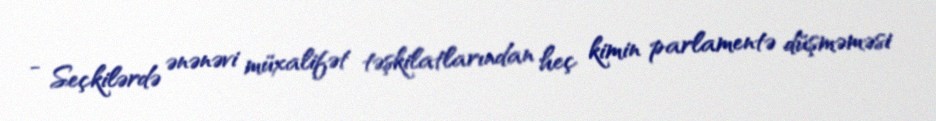
- Seçkilərdə ənənəvi müxalifət təşkilatlarından heç kimin parlamentə düşməməsi